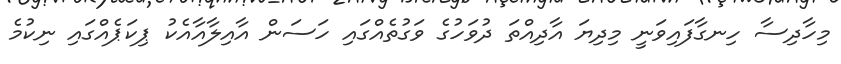
މިހާދިސާ ހިނގާފައިވަނީ މިދިޔަ އާދިއްތަ ދުވަހުގެ ވަގުތެއްގައި ހަސަން އާއިލާއާއެކު ޕިކަޕެއްގައި ނިކުމެ